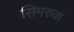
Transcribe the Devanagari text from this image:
सिमरुक